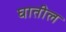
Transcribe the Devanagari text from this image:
घातील